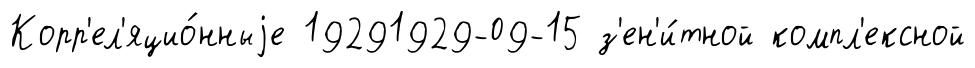
Корр'ел'яцио́нныjе 19291929-09-15 з'ен'и́тной компл'ексной